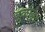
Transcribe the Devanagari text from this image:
बळीतै